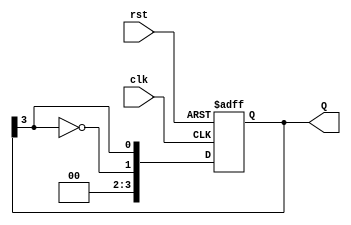
module johnson_counter #(parameter N = 4) (
    input wire clk,
    input wire rst,
    output reg [N-1:0] Q
);

    // Ensure N is even
    initial begin
        if (N % 2 != 0) begin
            $error("N must be an even number.");
            $finish;
        end
    end

    always @(posedge clk or posedge rst) begin
        if (rst) begin
            Q <= {N{1'b0}};  // Reset all flip-flops to 0
        end else begin
            Q <= {~Q[N-1], Q[N-1:N-1]};  // Shift and feedback inverted last bit
        end
    end

endmodule